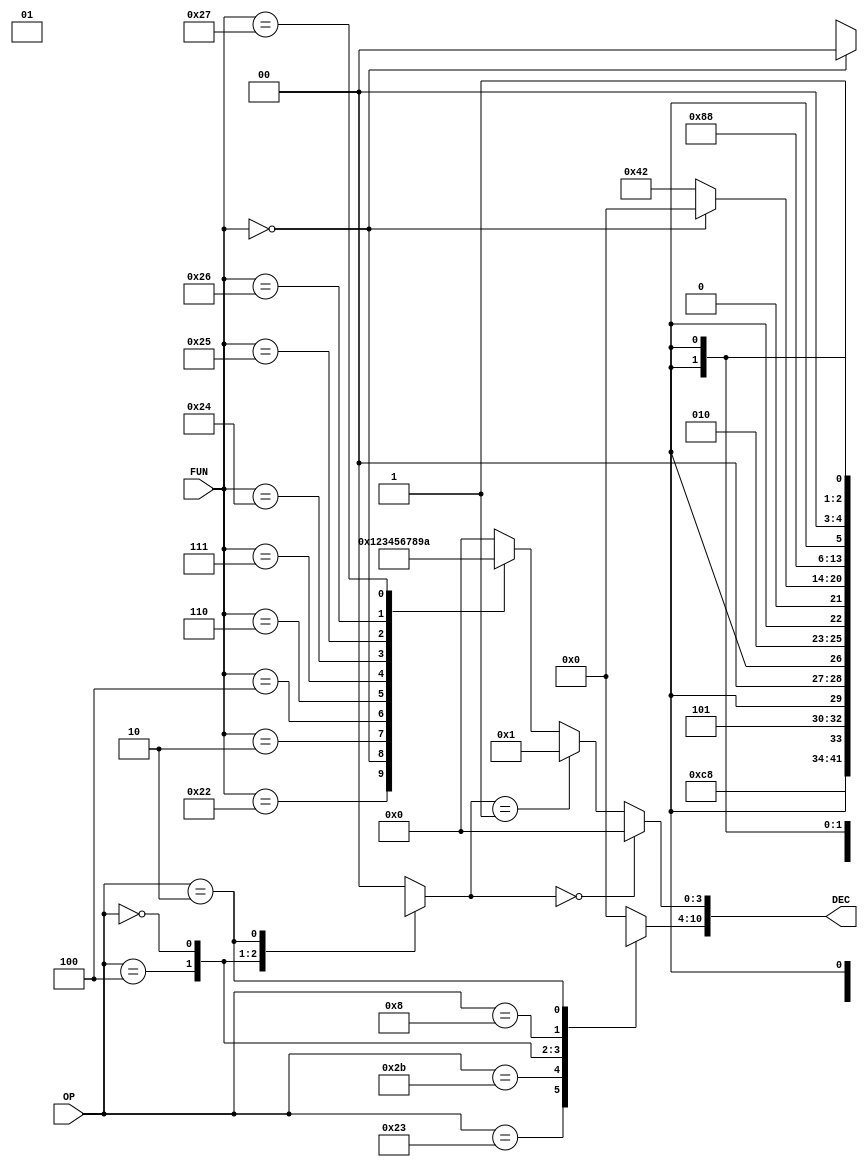
`timescale 1ns / 1ps
/*
    Control Unit Module:
     - 2 inputs OP/FUN
     - 1 Output everything ok 
*/
module CU (input [5:0] OP, FUN,
           output [10:0] DEC);

// Define Operation Codes
parameter 
    lw = 6'b100011,
    sw = 6'b101011,
    beq = 6'b000100,
    r = 6'b000000,
    i = 6'b001000,
    j = 6'b000010;

// Internal Connections
reg [6:0] CD;
reg [1:0] ALUOp;
reg [3:0] ALUsel;
/*
    RFWE = DEC[10];
    MtoRFSel = DEC[9];
    DMWE = DEC[8];
    Branch = DEC[7];
    ALUInSel = DEC[6];
    RFDSel = DEC[5];
    Jump = DEC[4];
    ALUsel = DEC[3:0];
*/

// Assign Control Unit Decode
assign DEC = {CD,ALUsel};

// Combinational Logic: Decoder
always @ * 
case (OP)
    lw: begin
        CD = 7'b1100100;
        ALUOp = 2'b00;
    end
    sw: begin
        CD = 7'b0X101X0;
        ALUOp = 2'b00;
    end
    beq: begin
        CD = 7'b0X010X0;
        ALUOp = 2'b01;
    end
    r: begin
        if (FUN == 6'b000000) begin
            CD = 7'b0000000;
            ALUOp = 2'b00;
        end 
        else begin 
            CD = 7'b1000010;
            ALUOp = 2'b1X;
        end
    end
    i: begin
        CD = 7'b1000100;
        ALUOp = 2'b00;
    end
    j: begin
        CD = 7'b0X00XX1;
        ALUOp = 2'bXX;
    end
    default: begin
        CD = 7'b0000000;
        ALUOp = 2'b00;
    end
endcase

//ALU Decoder
always @ *
    if (ALUOp == 2'b00)
        ALUsel = 4'b0000;
    else if (ALUOp == 2'b01)
        ALUsel = 4'b0001;
    else 
        case (FUN)
            6'b100000:  ALUsel = 4'b0000;   //Addition
            6'b100010:  ALUsel = 4'b0001;   //Subtraction
            6'b000000:  ALUsel = 4'b0010;   //Logical Left Shift
            6'b000010:  ALUsel = 4'b0011;   //Logical Right Shift
            6'b000100:  ALUsel = 4'b0100;   //Logical Variable Left Shift   
            6'b000110:  ALUsel = 4'b0101;   //Logical Variable Right Shift
            6'b000111:  ALUsel = 4'b0110;   //Arithmetic Variable Right Shift
            6'b100100:  ALUsel = 4'b0111;   //Bitwise AND
            6'b100101:  ALUsel = 4'b1000;   //Bitwise OR
            6'b100110:  ALUsel = 4'b1001;   //Bitwise XOR
            6'b100111:  ALUsel = 4'b1010;   //Bitwise XNOR -- Replaces NOR function
            default:  ALUsel = 4'b0000;     //Default: ADD
        endcase

endmodule